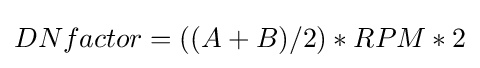
DNfactor=((A+B)/2)*RPM*2